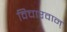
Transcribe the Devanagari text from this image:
विचारवान्